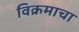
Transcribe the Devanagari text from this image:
विक्रमाचा